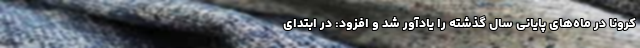
کرونا در ماه‌های پایانی سال گذشته را یادآور شد و افزود: در ابتدای